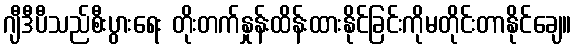
ဂျီဒီပီသည်စီးပွားရေး တိုးတက်နှုန်းထိန်းထားနိုင်ခြင်းကိုမတိုင်းတာနိုင်ချေ။